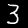
Label: 3